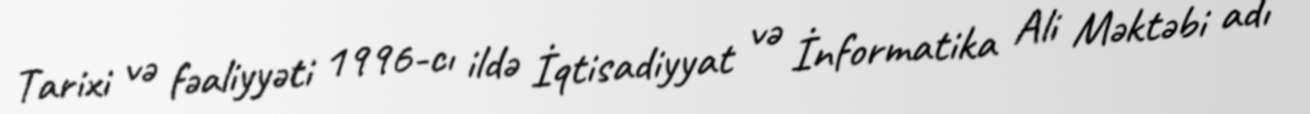
Tarixi və fəaliyyəti 1996-cı ildə İqtisadiyyat və İnformatika Ali Məktəbi adı